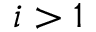
i > 1